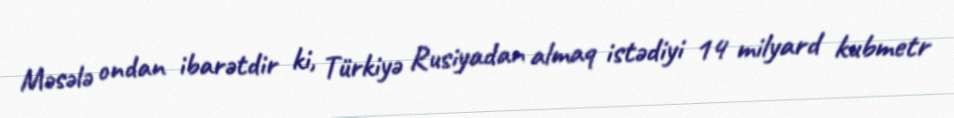
Məsələ ondan ibarətdir ki, Türkiyə Rusiyadan almaq istədiyi 14 milyard kubmetr